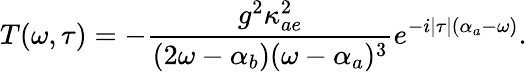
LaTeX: T(\omega,\tau)=-\frac{g^{2}\kappa_{ae}^{2}}{(2\omega-\alpha_{b})(\omega-\alpha_{a})^{3}}e^{-i|\tau|(\alpha_{a}-\omega)}.